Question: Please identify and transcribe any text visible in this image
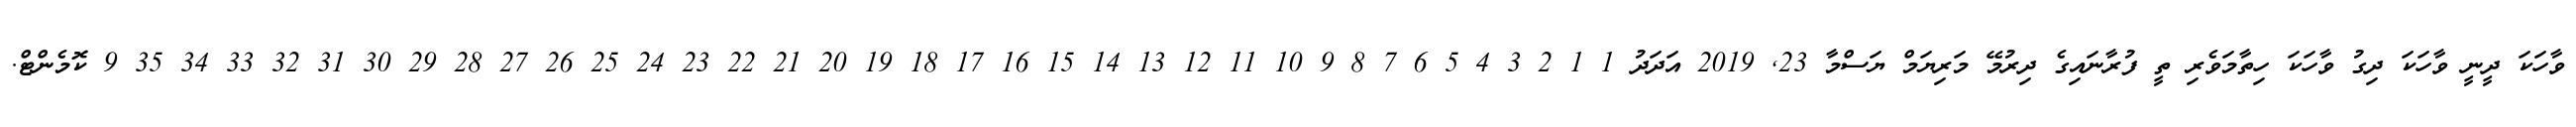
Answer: ވާހަކަ ދީނީ ވާހަކަ ދިގު ވާހަކަ ހިތާމަވެރި ތީ ފުރާނައިގެ ދިރުމޭ މަރިޔަމް ޔަސްމާ 23, 2019 އަދަދު 1 1 2 3 4 5 6 7 8 9 10 11 12 13 14 15 16 17 18 19 20 21 22 23 24 25 26 27 28 29 30 31 32 33 34 35 9 ކޮމެންޓް.